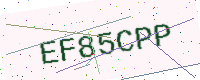
Text: EF85CPP